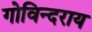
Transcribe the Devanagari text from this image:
गोविन्दराय